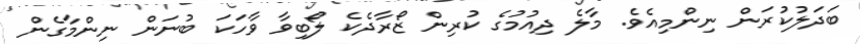
ބަދަލުކުރަން ނިންމިއެވެ. މާލެ ދިއުމުގެ ކުރިން ޒޯރާދެކެ ލޯބިވާ ވާހަކަ ބުނަން ނިންމާގެން